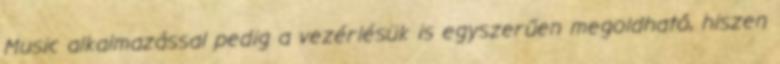
Music alkalmazással pedig a vezérlésük is egyszerűen megoldható, hiszen